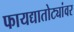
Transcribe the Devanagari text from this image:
फायद्यातोट्यांवर